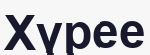
Хүрее